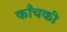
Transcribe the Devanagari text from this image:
काँचकी